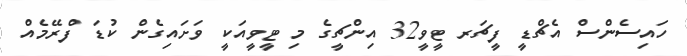
ހައިސެންސް އެޗްޑީ ފީޗަރ ޓީވީ32 އިންޗީގެ މި ޓީވީއަކީ ވަށައިގެން ކުޑަ ފްރޭމެއް